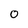
Character: O